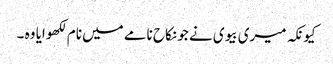
کیونکہ میری بیوی نے جو نکاح نامے میں نام لکھوایا وہ ۔